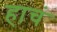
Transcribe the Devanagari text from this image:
हाचं